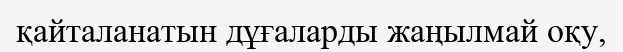
қайталанатын дұғаларды жаңылмай оқу,